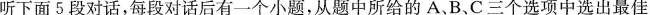
听下面 5 段对话,每段对话后有一个小题,从题中所给的 A、B、C三个选项中选出最佳